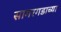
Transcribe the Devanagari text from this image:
सागरगडाच्या